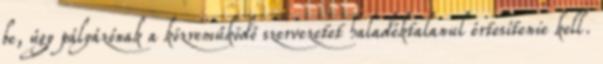
be, úgy pályázónak a közreműködő szervezetet haladéktalanul értesítenie kell.